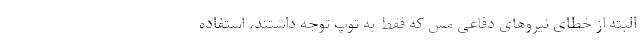
البته از خطای نیروهای دفاعی مس که فقط به توپ توجه داشتند، استفاده